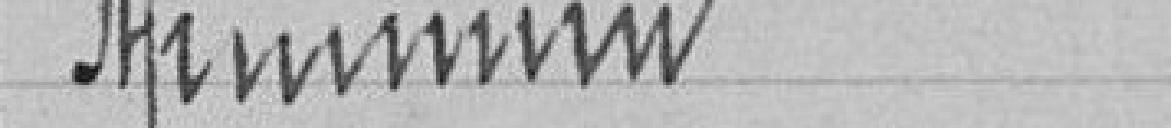
Minimum